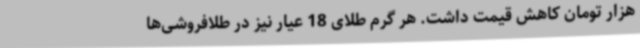
هزار تومان کاهش قیمت داشت. هر گرم طلای 18 عیار نیز در طلافروشی‌ها